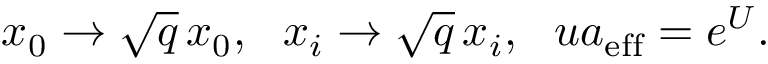
x _ { 0 } \rightarrow \sqrt { q } \, x _ { 0 } , ~ ~ x _ { i } \rightarrow \sqrt { q } \, x _ { i } , ~ ~ u a _ { \mathrm { e f f } } = e ^ { U } .